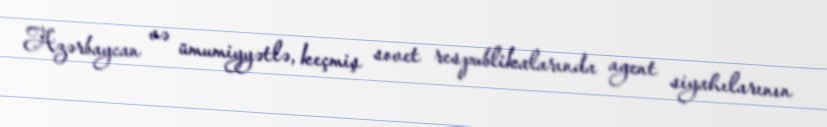
Azərbaycan və ümumiyyətlə, keçmiş sovet respublikalarında agent siyahılarının